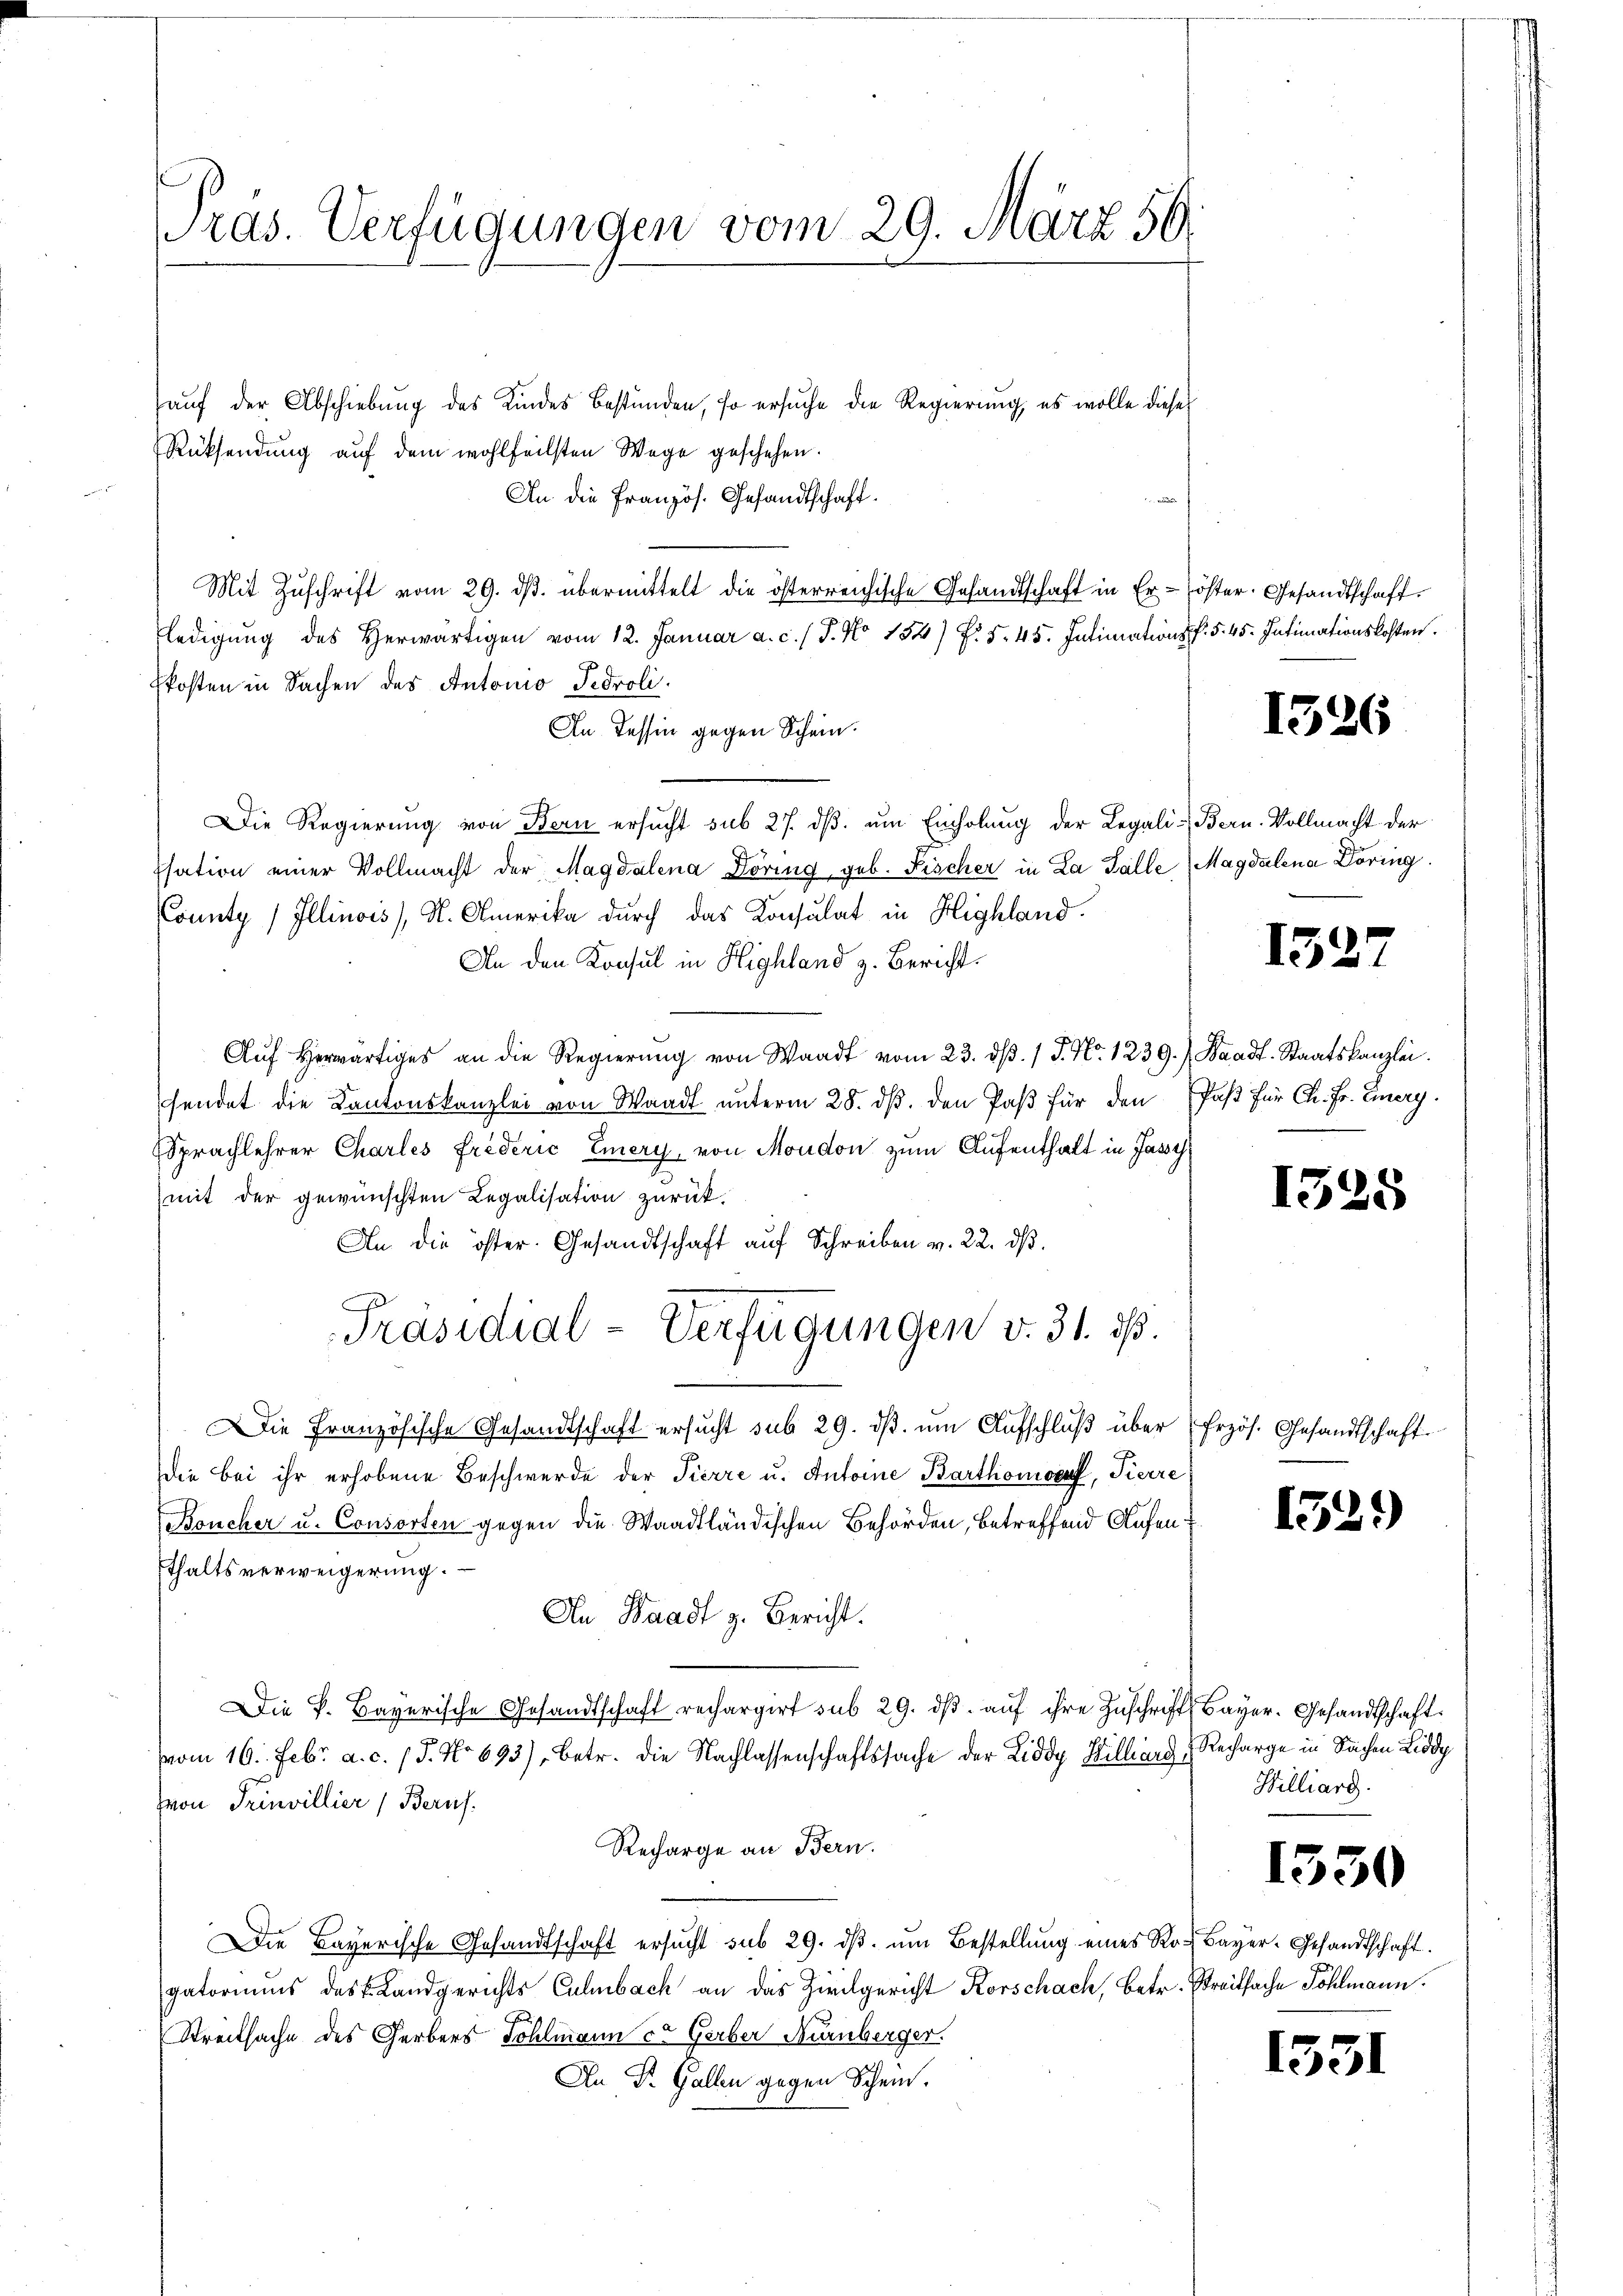
ras. Verfügungen vom 29. März 56.

auf der Abschiebung des Kindes Bestünden, so ersuche die Regierung, es wolle dieses
Rücksendung auf dem wohlfeilsten Wege geschehen.
An die Französ. Gesandtschaft.
Mit Zuschrift vom 29. ds. übermittelt die österreichische Gesandtschaft in Er- öster. Gesandtschaftledigŭng des Herwärtigen vom 12. Januar a. c. / J. No 152 f. 545. Intimations f. 5. 45. Intimationskosten.
kosten in Sachen des Antonio Fedroli
An Tessin gegen Schein.
Die Regierung von Bern ersucht sub 27. dβ. um Einholung der Legali - Bern. Vollmacht der
ssation einer Vollmacht der Magdalena Döring geb. Fischer in La Falle Magdalena Doring
County Illinois H. Amerika durch das Konsulat in Highland.
An den Konsul in Highland z. Bericht.
Aŭf herwärtiges an die Regierŭng von Waadt vom 23. dβ. / 5. No. 1239.) Waadt. Staatskanzlei.
hendet die Kantonskanzlei von Waadt unterm 28. ds. den Paß für den Paß für Ch. Fr. Emerg.
Sprachlehrer Charles Friderić Emery, von Moudon zum Aufenthalt in Jassy
(mit der gewünschten Legalisation zurück.
An die öster Gesandtschaft auf Schreiben v. 22. dβ.
Präsidial-Verfügungen v. 31. ds.
Die Französische Gesandtschaft ersucht sub 29. dβ. um Aufschluß über Erzös. Gesandtschaft
die bei ihr erhobene Beschwerde der Tierre u. Antoine Barthomosaf, Pierre
Boucher u. Consorten gegen die Waadtländischen Behörden, betreffend Aufenthaltsverweigerung.
An Waadt g. Bericht.
Die P. Bayerische Gesandtschaft rechargirt sub 29. dβ aŭf ihre Zuschrift Bayer. Gesandtschaft
vom 16. Febr. a. c. 15. No 693), betr. die Nachlassenschaftssache der Liddy Willing
von Trinvillier, Beruf.
Recharge an Bern.
Die Bayerische Gesandtschaft ersŭcht sub 29. dβ ŭm Bestellung eines Ro- Bayer. Gesandtschaft.
gatoriums des Landgerichts Culmbach an das Zivilgericht Korschach, betr. Streitsache Fohlmann.
Streitsache des Gerbers Sohlmann von Gerber Nürnberger.
An Dr. Gallen gegen Schein.

1326

1327

1525

1529)

Recharge in Sachen Lidd
Williarg.

1550

1551